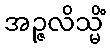
အဉ္ဇလိသ္မိံ